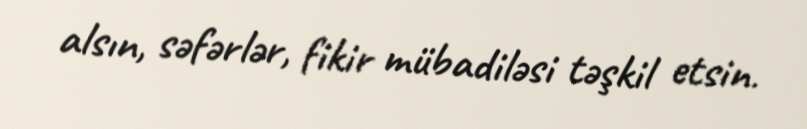
alsın, səfərlər, fikir mübadiləsi təşkil etsin.